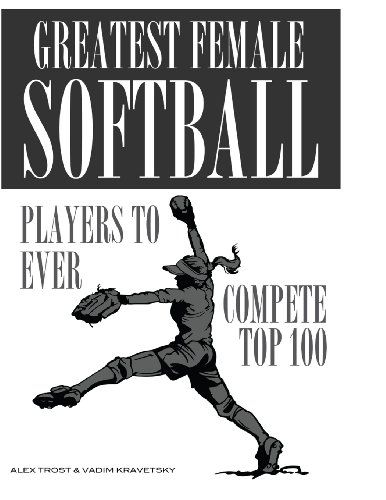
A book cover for Greatest Female Softball Players to Ever Compete Top 100; Alex Trostanetskiy; Sports & Outdoors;